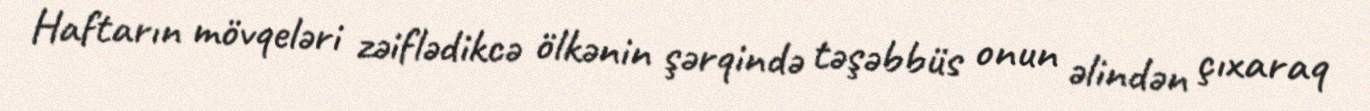
Haftarın mövqeləri zəiflədikcə ölkənin şərqində təşəbbüs onun əlindən çıxaraq